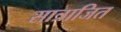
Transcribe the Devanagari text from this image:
सात्राजित